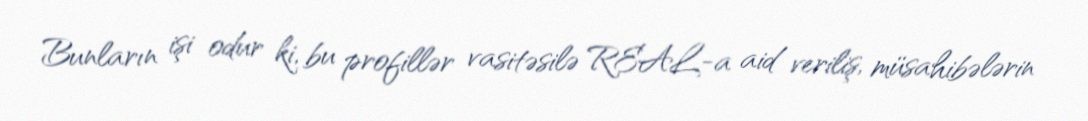
Bunların işi odur ki, bu profillər vasitəsilə REAL-a aid veriliş, müsahibələrin